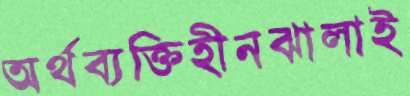
অর্থব্যক্তিহীনঝালাই